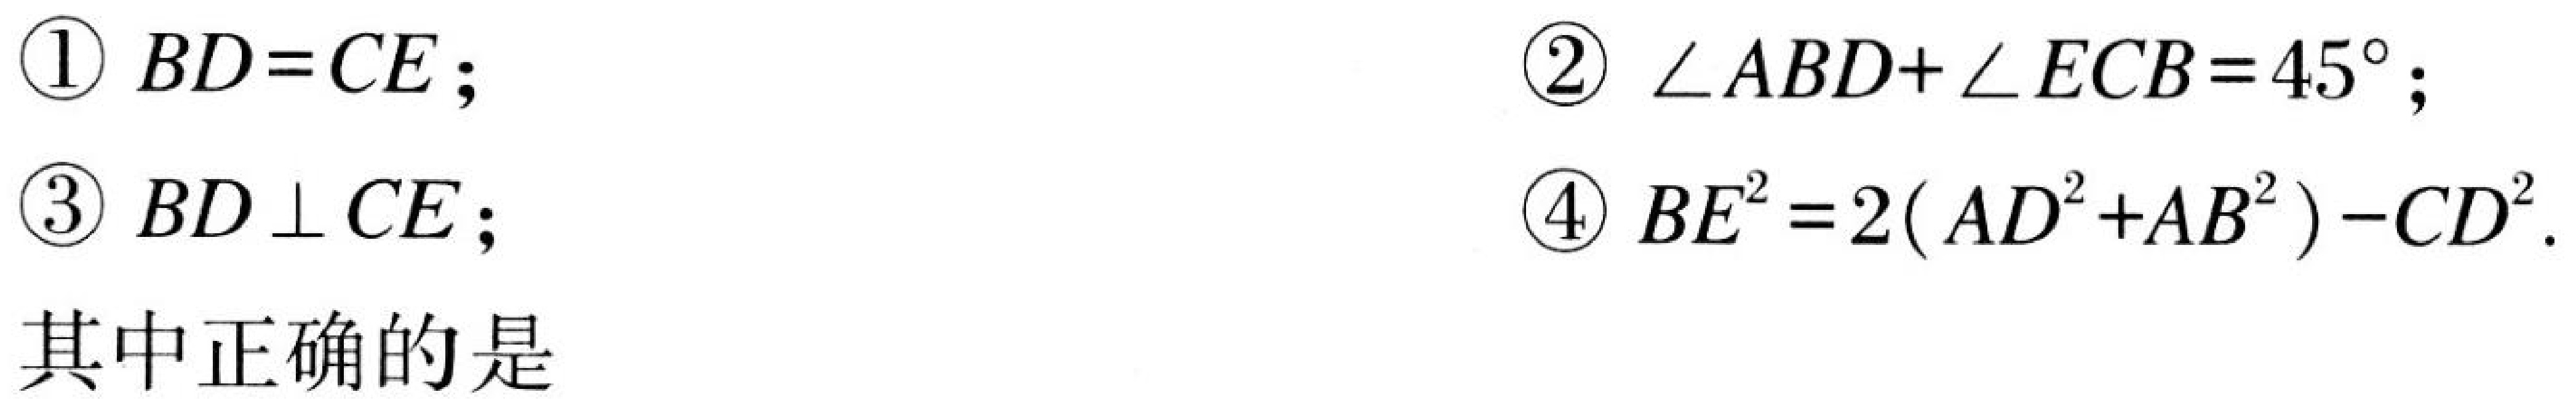
\textcircled{1} \(BD = CE\)；  \textcircled{2} \(\angle ABD+\angle ECB = 45^{\circ}\)；
\textcircled{3} \(BD\perp CE\)；  \textcircled{4} \(BE^{2}=2(AD^{2}+AB^{2})-CD^{2}\).
其中正确的是